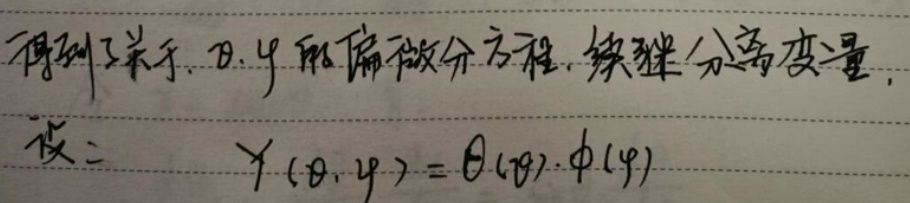
得到了关于 $\theta, \varphi$ 的偏微分方程. 继续分离变量,
设:
\[
Y(\theta, \varphi)=\Theta(\theta)\cdot\Phi(\varphi)
\]